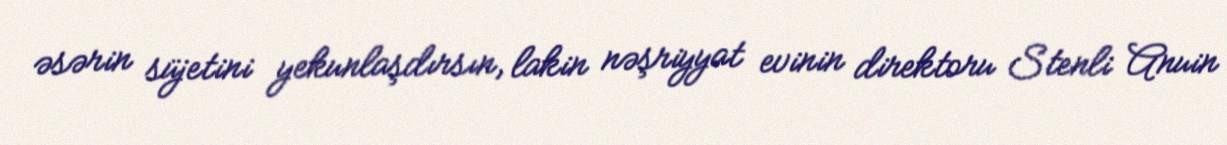
əsərin süjetini yekunlaşdırsın, lakin nəşriyyat evinin direktoru Stenli Anuin